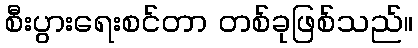
စီးပွားရေးစင်တာ တစ်ခုဖြစ်သည်။